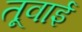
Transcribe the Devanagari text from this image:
तूवाई